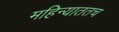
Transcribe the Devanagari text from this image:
महिन्याततच